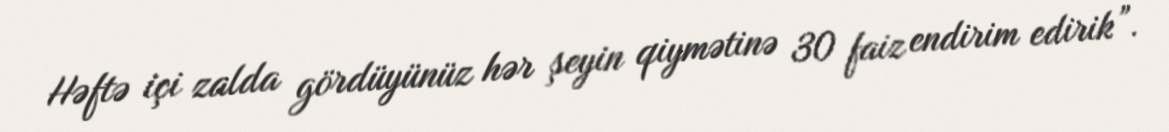
Həftə içi zalda gördüyünüz hər şeyin qiymətinə 30 faiz endirim edirik”.